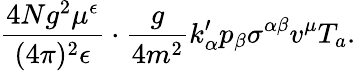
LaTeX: {\frac{4Ng^{2}\mu^{\epsilon}}{(4\pi)^{2}\epsilon}}\cdot{\frac{g}{4m^{2}}}k_{\alpha}^{\prime}p_{\beta}\sigma^{\alpha\beta}v^{\mu}T_{a}.